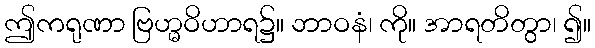
ဤကရုဏာ ဗြဟ္မဝိဟာရ၌။ ဘာဝနံ၊ ကို။ အာရတိတွာ၊ ၍။